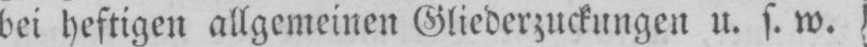
bei heftigen allgemeinen Gliederzuckungen u. s. w.